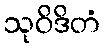
သုဝိဒိတံ